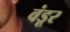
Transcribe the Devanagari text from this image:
वंडूर